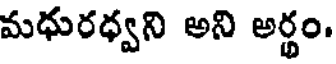
మధురధ్వని అని అర్థం.